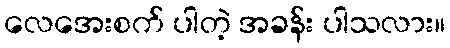
လေအေးစက် ပါတဲ့ အခန်း ပါသလား။